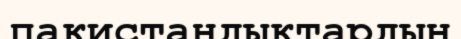
пакистандықтардың